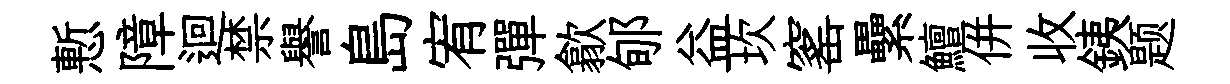
慙障迴禁譽島宥彈歙郇益坎窰纍鱣併收銕题